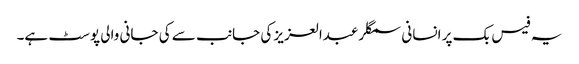
یہ فیس بک پر انسانی سمگلر عبدالعزیز کی جانب سے کی جانی والی پوسٹ ہے۔